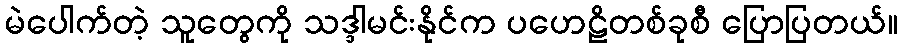
မဲပေါက်တဲ့ သူတွေကို သဒ္ဒါမင်းနိုင်က ပဟေဠိတစ်ခုစီ ပြောပြတယ်။